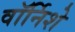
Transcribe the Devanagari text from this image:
वॉर्निशे